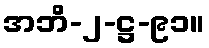
အဘိ-၂-ဋ္ဌ-၉၁။